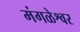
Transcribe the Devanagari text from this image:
मंगळेश्वर